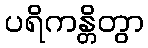
ပရိကန္တိတွာ